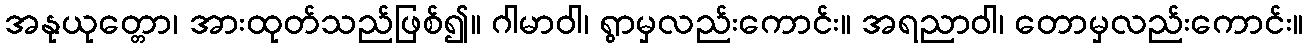
အနုယုတ္တော၊ အားထုတ်သည်ဖြစ်၍။ ဂါမာဝါ၊ ရွာမှလည်းကောင်း။ အရညာဝါ၊ တောမှလည်းကောင်း။